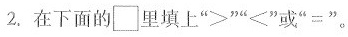
2. 在下面的\square 里填上”>””<”或”=”。